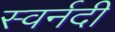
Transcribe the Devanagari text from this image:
स्वर्नदी